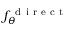
f _ { \theta } ^ { \mathrm { ~ d ~ i ~ r ~ e ~ c ~ t ~ } }